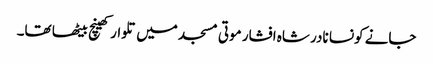
جانے کونسا نادر شاہ افشار موتی مسجد میں تلوار کھینچ بیٹھا تھا۔